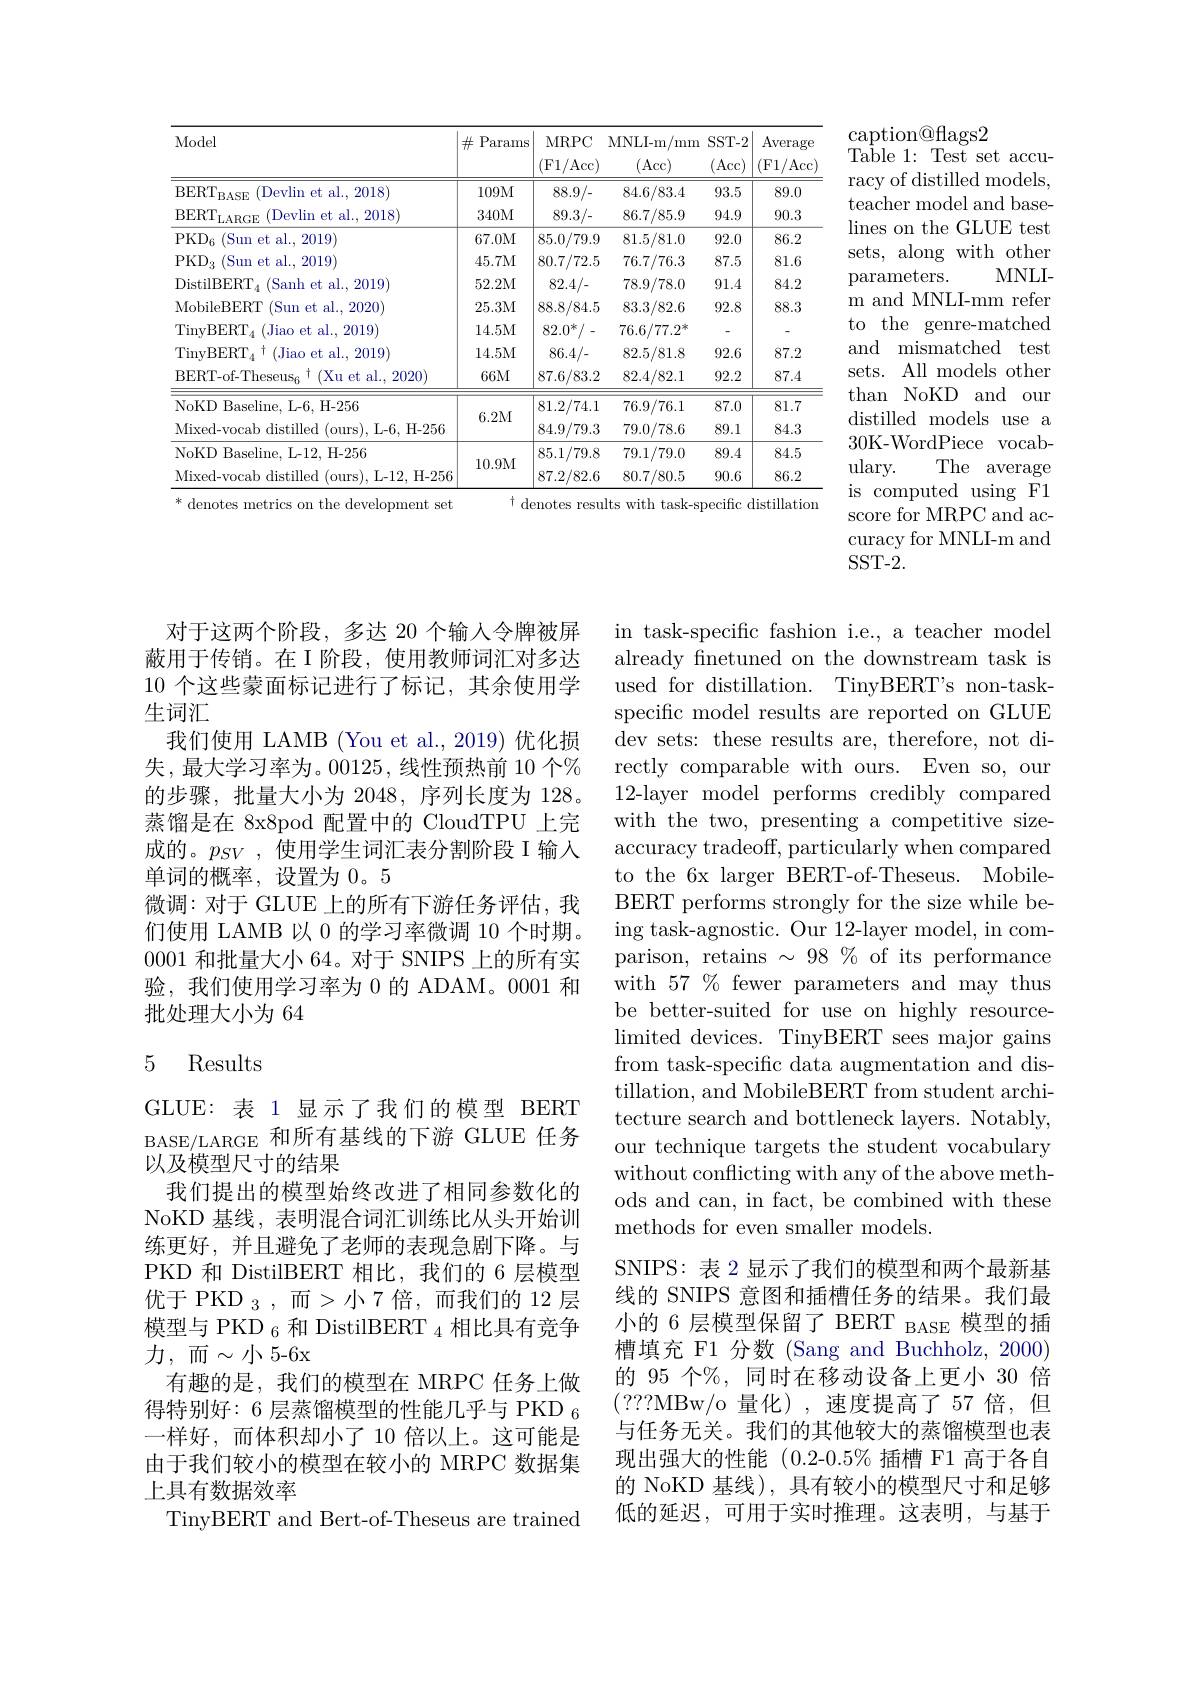
<table>
	<tbody>
		<tr>
			<th>Model</th>
			<th>$\#$P$i$ arams</th>
			<th>MRPC (Fl/Acc)</th>
			<th>MNLI- m/ mm (Acc)</th>
			<th>SST- 2 (Acc)</th>
			<th>Averag (F1/Acc</th>
		</tr>
		<tr>
			<td>$\mathrm{BERT}_{\mathrm{BASE}}$ (Devlin et al., 2018</td>
			<td>109M</td>
			<td>88.9/-</td>
			<td>84.6/83.4</td>
			<td>93.5</td>
			<td>89.0</td>
		</tr>
		<tr>
			<td>$\mathrm{BERT}_{\mathrm{LARGE}}$ (Devlin et al., 2018</td>
			<td>340M</td>
			<td>89.3/-</td>
			<td>86.7/85.9</td>
			<td>94.9</td>
			<td>90.3</td>
		</tr>
		<tr>
			<td>$\mathrm{PKD}_{6}$ (Sun et al., 2019</td>
			<td>67.0M</td>
			<td>85.0/79.9</td>
			<td>81.5/81.0</td>
			<td>92.0</td>
			<td>86.2</td>
		</tr>
		<tr>
			<td>$\mathrm{PKD}_{3}$ $_{3}$ ( Sun et al. , 2019] </td>
			<td>45.7M</td>
			<td>80.7/72.5</td>
			<td>76.7/76.3</td>
			<td>87.5</td>
			<td>81.6</td>
		</tr>
		<tr>
			<td>$\mathrm{DistilBERT}_{4}$ (Sanh et al., 2019</td>
			<td>52.2M</td>
			<td>82.4/-</td>
			<td>78.9/78.0</td>
			<td>91.4</td>
			<td>84.2</td>
		</tr>
		<tr>
			<td>MobileBERT (Sun et al., 2020)</td>
			<td>25.3M</td>
			<td>88.8/84.5</td>
			<td>83.3/82.6</td>
			<td>92.8</td>
			<td>88.3</td>
		</tr>
		<tr>
			<td>$\mathrm{TinyBERT}_{4}$ (Jiao et al., 2019) A</td>
			<td>14.5M</td>
			<td>$82.0^{*}/$</td>
			<td>$76.6/77.2^{*}$</td>
			<td> </td>
			<td> </td>
		</tr>
		<tr>
			<td>$\mathrm{TinvBERT}_{A}$ (Jiao et al., 2019</td>
			<td>14.5M</td>
			<td>86.4/ 1</td>
			<td>82.5/81.8</td>
			<td>92.6</td>
			<td>87.2</td>
		</tr>
		<tr>
			<td>$\mathrm{BERT-of-Theseus}_{6}^{\dagger}($Xu et al., 2020)</td>
			<td>$66M$</td>
			<td>87.6/83.2</td>
			<td>82.4/82.1</td>
			<td>92.2</td>
			<td>87.4</td>
		</tr>
		<tr>
			<td>NoKD Baseline, L-6, H-256</td>
			<td rowspan="2">6.2M</td>
			<td>81.2/74.1</td>
			<td>76.9/76.1</td>
			<td>87.0</td>
			<td>81.7</td>
		</tr>
		<tr>
			<td>Mixed- vocab distilled ( ours) , L- 6, H- 256</td>
			<td>84.9/79.3</td>
			<td>79.0/78.6</td>
			<td>89.1</td>
			<td>84.3</td>
		</tr>
		<tr>
			<td>NoKD Baseline, L-12, H-256</td>
			<td rowspan="2">10.9M</td>
			<td>85.1/79.8</td>
			<td>79.1/79.0</td>
			<td>89.4</td>
			<td>84.5</td>
		</tr>
		<tr>
			<td>Mixed-vocab distilled (ours),L-12, H-256</td>
			<td>87.2/82.6</td>
			<td>80.7/80.5</td>
			<td>90.6</td>
			<td>86.2</td>
		</tr>
	</tbody>
</table>

caption@flags2
${\mathrm{Ta}}{\dot{\mathrm{ble}}}{1:}{\mathrm{Test}}{\mathrm{~set}}{\mathrm{~accu-}}$ racy of distilled models, teacher model and baselines on the GLUE test sets, along with other
MNLI-
parameters.
m and MNLI-mm refer to the genre-matched and mismatched test sets. All models othen than NoKD and our distilled models use a 30K-WordPiece vocabulary.
The average
is computed using F1 score for MRPC and accuracy for MNLI-m and SST-2.

对于这两个阶段，多达 20 个输人令牌被屏蔽用于传销。在I阶段，使用教师词汇对多达10个这些蒙面标记进行了标记，其余使用学生词汇
我们使用 LAMB (You et al.,2019)优化损失，最大学习率为。00125,线性预热前 10 个% 的步骤，批量大小为 2048,序列长度为 128。蒸馏是在 8x8pod 配置中的 CloudTPU 上完成的。$p_{SV}$ ,使用学生词汇表分割阶段 I 输入单词的概率，设置为0。5
微调：对于 GLUE 上的所有下游任务评估，我们使用 LAMB 以 0 的学习率微调 10 个时期。0001和批量大小 64。对于 SNIPS 上的所有实验，我们使用学习率为 0 的 ADAM。0001 和批处理大小为 64

## 5 Results

in task-specific fashion i.e., a teacher model already fnetuned on the downstream task is used for distillation. TinyBERT's non-taskspecific model results are reported on GLUE dev sets: these results are, therefore, not directly comparable with ours. Even so, our 12-layer model performs credibly compared with the two, presenting a competitive sizeaccuracy tradeoff, particularly when compared to the 6x larger BERT-of-Theseus. MobileBERT performs strongly for the size while being task-agnostic. Our 12-layer model, in comparison, retains $\sim98\%$ of its performance with 57 % fewer parameters and may thus be better-suited for use on highly resourcelimited devices. TinyBERT sees major gains from task-specific data augmentation and distillation, and MobileBERT from student architecture search and bottleneck layers. Notably, our technique targets the student vocabulary without conflicting with any of the above methods and can, in fact, be combined with these methods for even smaller models.
SNIPS: 表 2 显示了我们的模型和两个最新基线的 SNIPS 意图和插槽任务的结果。我们最小的 6 层模型保留了 BERT BASE 模型的插槽填充 F1 分数 (Sang and Buchholz, 2000) 的 95 个%, 同时在移动设备上更小 30 倍(???MBw/o 量化),速度提高了57倍，但与任务无关。我们的其他较大的蒸馏模型也表现出强大的性能(0.2-0.5$\% 插槽 F1 高于各自$ 的 NoKD 基线), 具有较小的模型尺寸和足够低的延迟，可用于实时推理。这表明，与基于

GLUE: 表 1 显示了我们的模型 BERT BASE/LARGE 和所有基线的下游 GLUE 任务以及模型尺寸的结果
我们提出的模型始终改进了相同参数化的NoKD 基线，表明混合词汇训练比从头开始训练更好，并且避免了老师的表现急剧下降。与PKD 和 DistilBERT 相比，我们的 6 层模型优于 PKD $_3$,而>小7倍，而我们的 12 层模型与 PKD $_{6}$和 DistilBERT $_{4}$相比具有竞争力，而$\sim$小5-6x
有趣的是，我们的模型在 MRPC 任务上做得特别好：6 层蒸馏模型的性能几乎与 PKD $_{6}$ 一样好，而体积却小了10 倍以上。这可能是由于我们较小的模型在较小的 MRPC 数据集上具有数据效率
TinyBERT and Bert-of-Theseus are trained